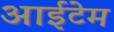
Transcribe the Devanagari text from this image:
आईटेम